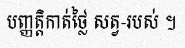
បញ្ញត្តិកាត់ថ្លៃ សត្វ-របស់ ។